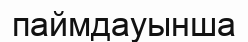
паймдауынша